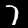
Label: 7